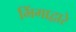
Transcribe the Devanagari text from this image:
भिंगाद्वारे